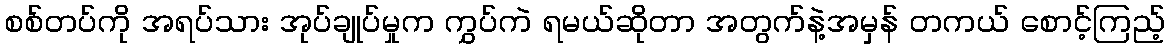
စစ်တပ်ကို အရပ်သား အုပ်ချုပ်မှုက ကွှပ်ကဲ ရမယ်ဆိုတာ အတွက်နဲ့အမှန် တကယ် စောင့်ကြည့်